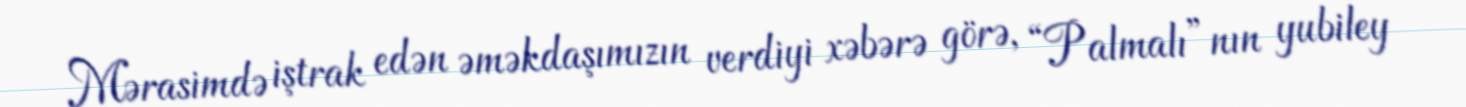
Mərasimdə iştrak edən əməkdaşımızın verdiyi xəbərə görə, “Palmalı”nın yubiley